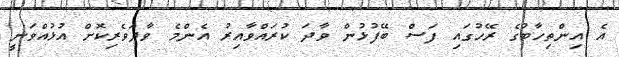
އެ އިންތިހާބުގެ ރޭހުގައި ފަސް ބޭފުޅުން ވާދަ ކުރައްވާއިރު އެންމެ ވާދަވެރިކޮށް އުޅުއްވަނީ